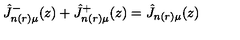
\hat { J } _ { n ( r ) \mu } ^ { - } ( z ) + \hat { J } _ { n ( r ) \mu } ^ { + } ( z ) = \hat { J } _ { n ( r ) \mu } ( z )